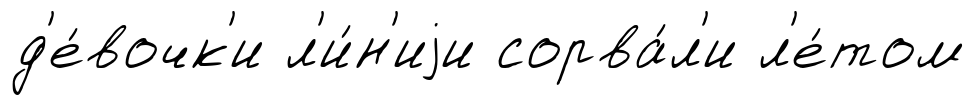
д'е́вочк'и л'и́н'иjи сорва́л'и л'е́том